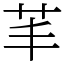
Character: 䒠